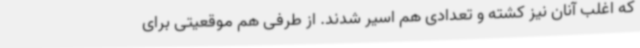
که اغلب آنان نیز کشته و تعدادی هم اسیر شدند. از طرفی هم موقعیتی برای